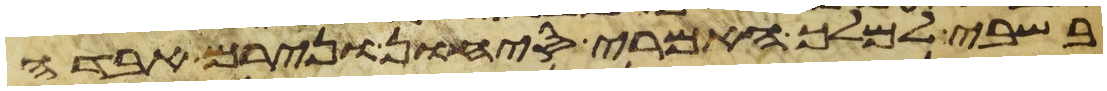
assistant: בשבי למלך האמרי סיחון ונירם אבדה